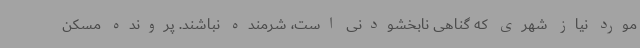
مورد نیاز شهری که گناهی نابخشودنی است، شرمنده نباشند. پرونده مسکن